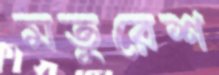
মতুরেশ